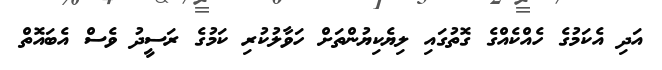
އަދި އެކަމުގެ ހެއްކެއްގެ ގޮތުގައި ލިޔެކިޔުންތަށް ހަވާލުކުރި ކަމުގެ ރަސީދު ވެސް އެބައޮތް